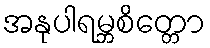
အနုပါရမ္ဘစိတ္တော